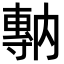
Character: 𡭇